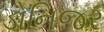
ડોનિજર